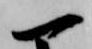
一